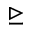
\trianglerighteq